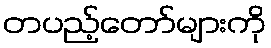
တပည့်တော်များကို